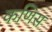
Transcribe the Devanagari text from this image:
कणिस